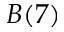
B ( 7 )